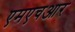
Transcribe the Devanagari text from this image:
एमएचआर